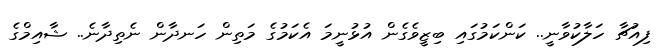
ފިއުޗާ ހަލާކުވާނީ.. ކަންކަމުގައި ބިޒީވެގެން އުޅުނީމަ އެކަމުގެ މަތިން ހަނދާން ނެތިދާނެ.. ޝާއިމްގެ